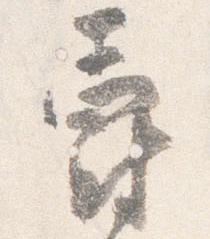
爵